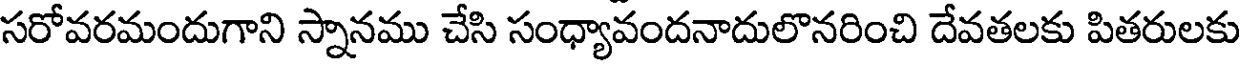
సరోవరమందుగాని స్నానము చేసి సంధ్యావందనాదులొనరించి దేవతలకు పితరులకు